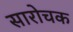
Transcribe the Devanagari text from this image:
सारोचक